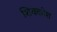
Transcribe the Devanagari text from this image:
शिवकोश